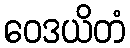
ဝေဒယိတံ